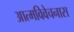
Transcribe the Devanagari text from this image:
आत्मविवेचनास